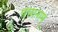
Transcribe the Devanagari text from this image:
पंचानाम्